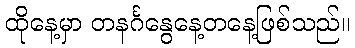
ထိုနေ့မှာ တနင်္ဂနွေနေ့တနေ့ဖြစ်သည်။